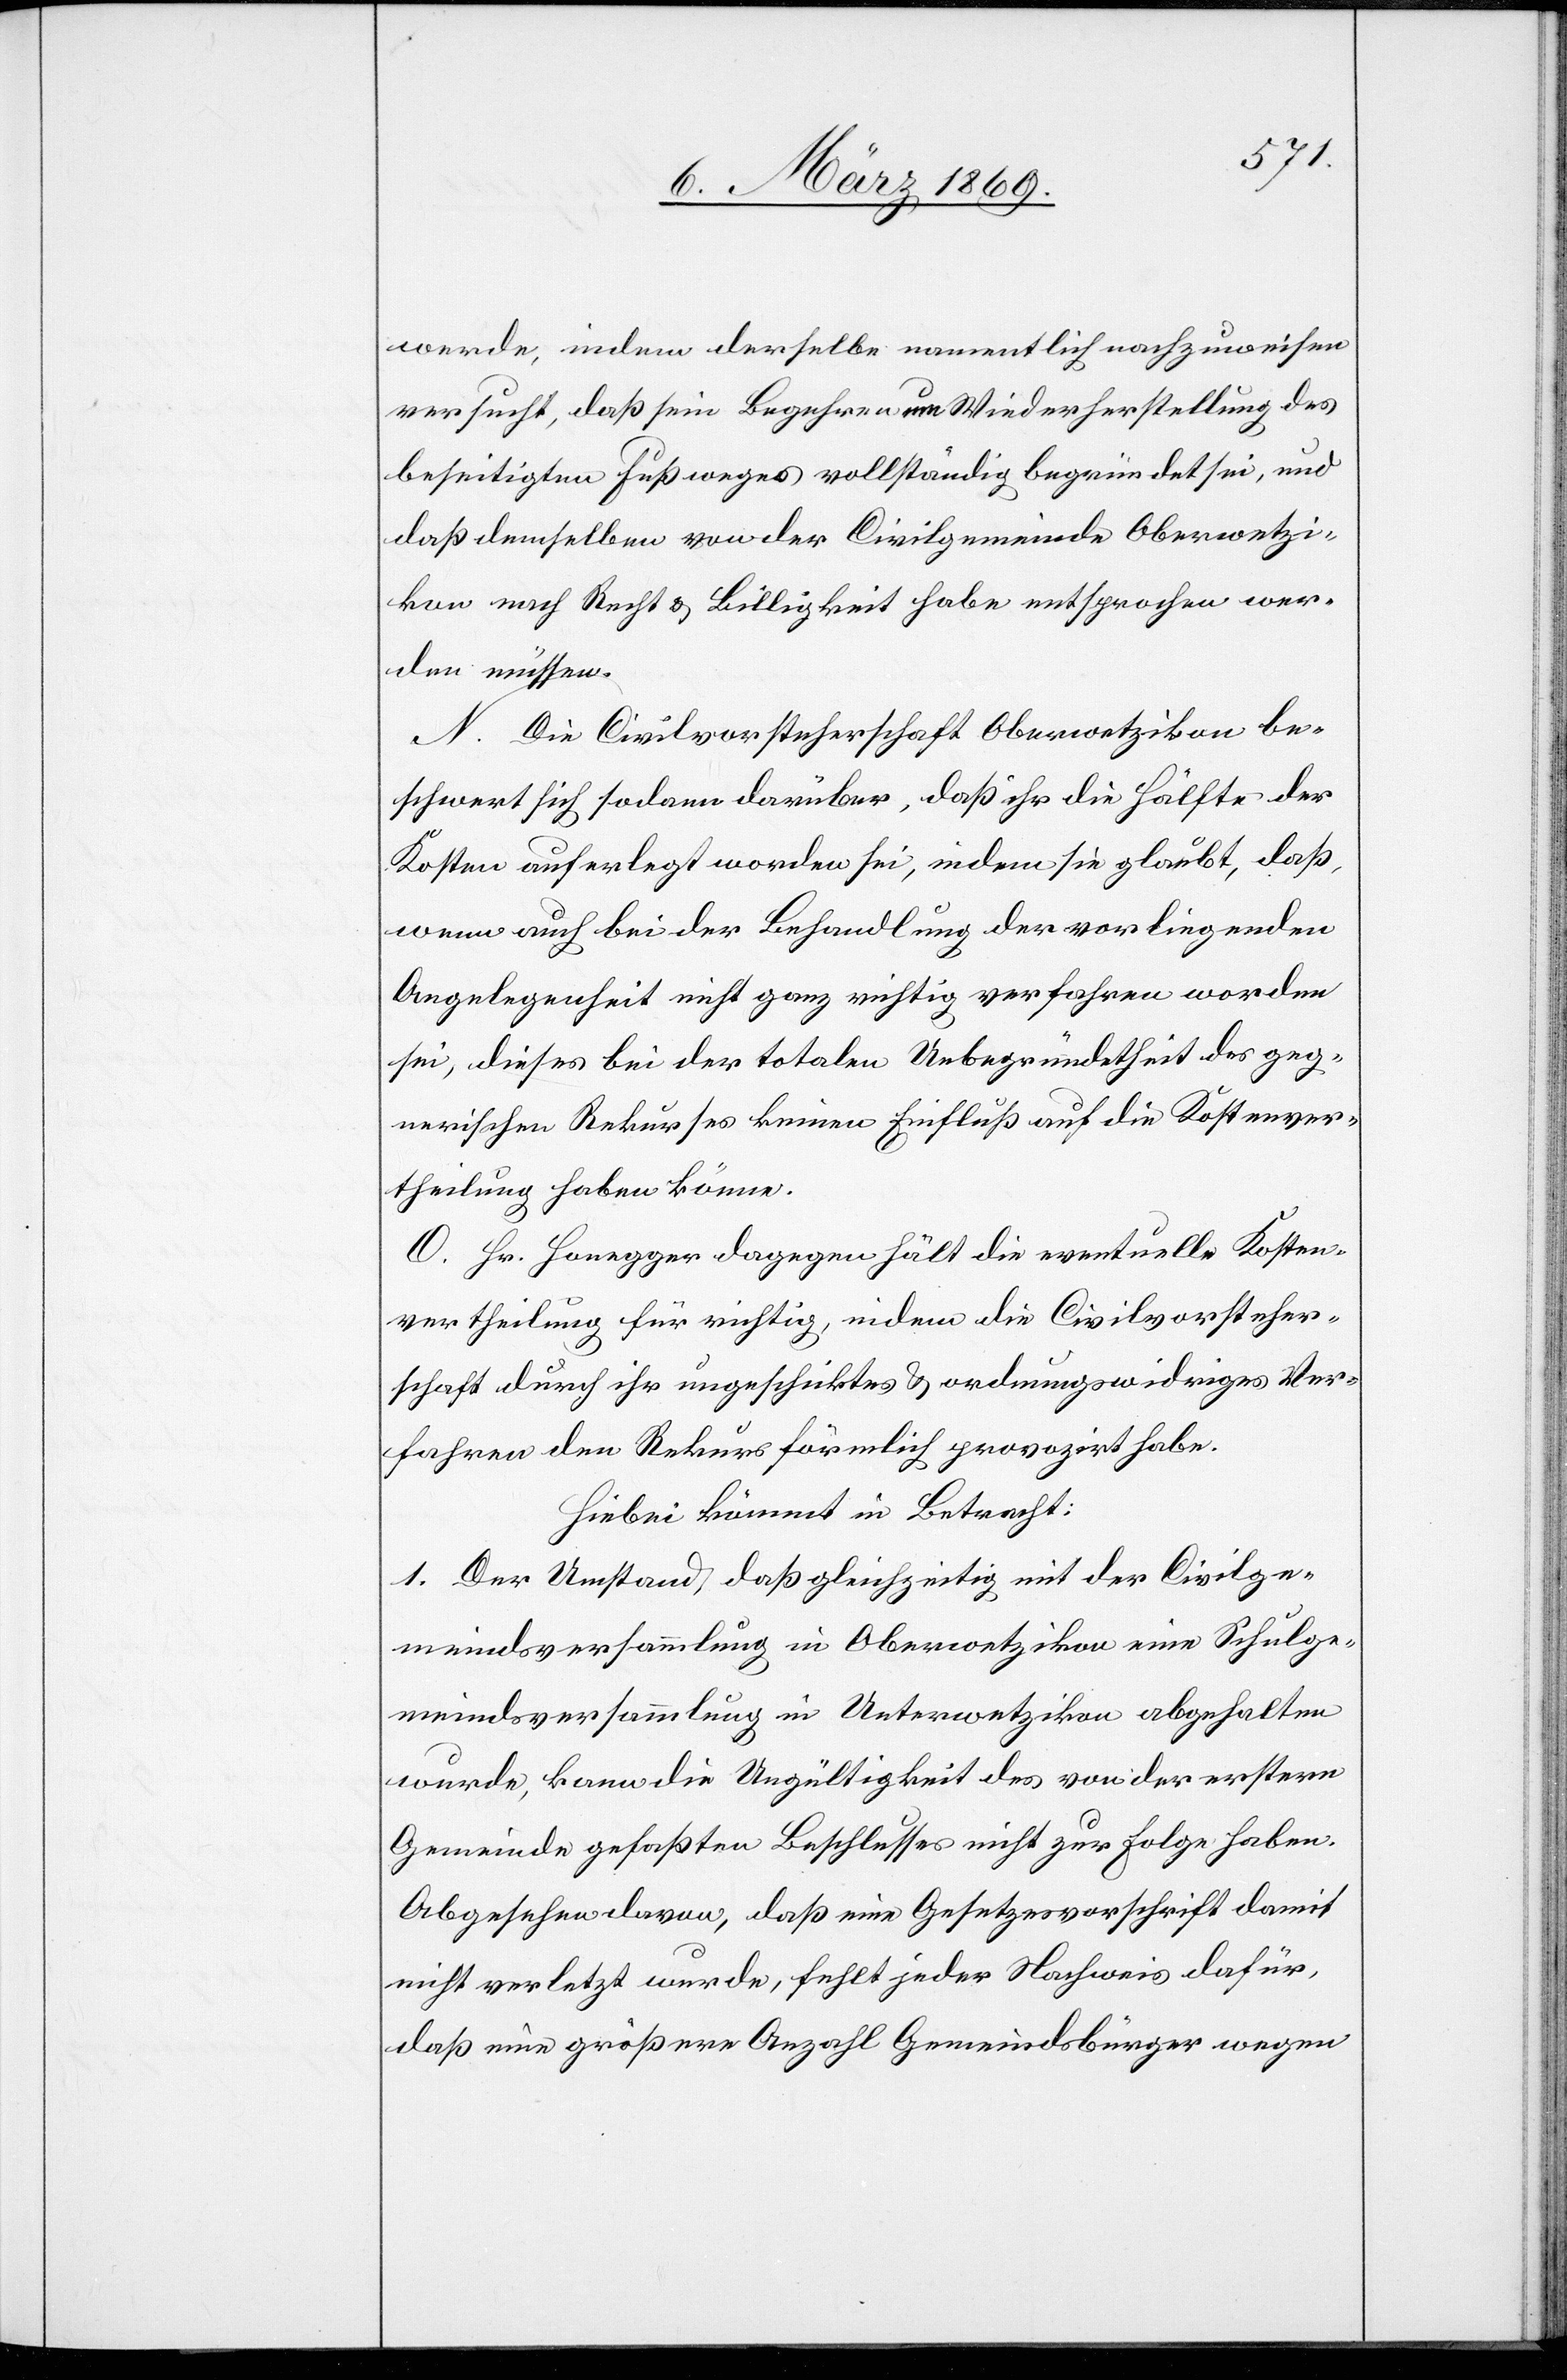
werde, indem derselbe namentlich nachzuweisen
versucht, daß sein Begehren um Wiederherstellung des
beseitigten Fußweges vollständig begründet sei, und
daß demselben von der Civilgemeinde Oberwetzi¬
kon nach Recht & Billigkeit habe entsprochen wer¬
den müssen.
N. Die Civilvorsteherschaft Oberwetzikon be¬
schwert sich sodann darüber, daß ihr die Hälfte der
Kosten auferlegt worden sei, indem sie glaubt, daß,
wenn auch bei der Behandlung der vorliegenden
Angelegenheit nicht ganz richtig verfahren worden
sei, dieses bei der totalen Unbegründetheit des geg¬
nerischen Rekurses keinen Einfluß auf die Kostenver¬
theilung haben könne.
O. Hr. Honegger dagegen hält die eventuelle Kosten¬
vertheilung für richtig, indem die Civilvorsteher¬
schaft durch ihr ungeschicktes & ordnungswidriges Ver¬
fahren den Rekurs förmlich provozirt habe.
Hiebei kömmt in Betracht:
1. Der Umstand, daß gleichzeitig mit der Civilge¬
meindsversammlung in Oberwetzikon eine Schulge¬
meindsversammlung in Unterwetzikon abgehalten
wurde, kann der Ungültigkeit des von der erstern
Gemeinde gefaßten Beschlusses nicht zur Folge haben.
Abgesehen davon, daß eine Gesetzesvorschrift damit
nicht verletzt wurde, fehlt jeder Nachweis dafür,
daß eine größere Anzahl Gemeindsbürger wegen